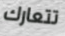
تتعارك